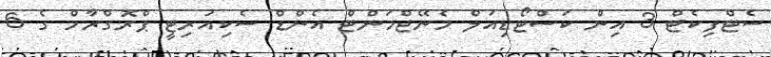
ސެޓްފިކެޓް 3 އިން ކަސްޓޯޑިއަލް މެނޭޖްމަންޓް އެންޑް ސެކިއުރިޓީ ޕްރޮގްރާމް ގެ 6